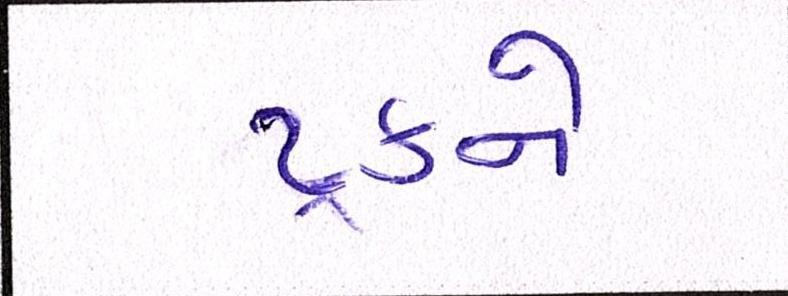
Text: ટ્રકને